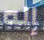
إله